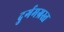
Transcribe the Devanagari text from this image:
दुर्गमग्रस्त